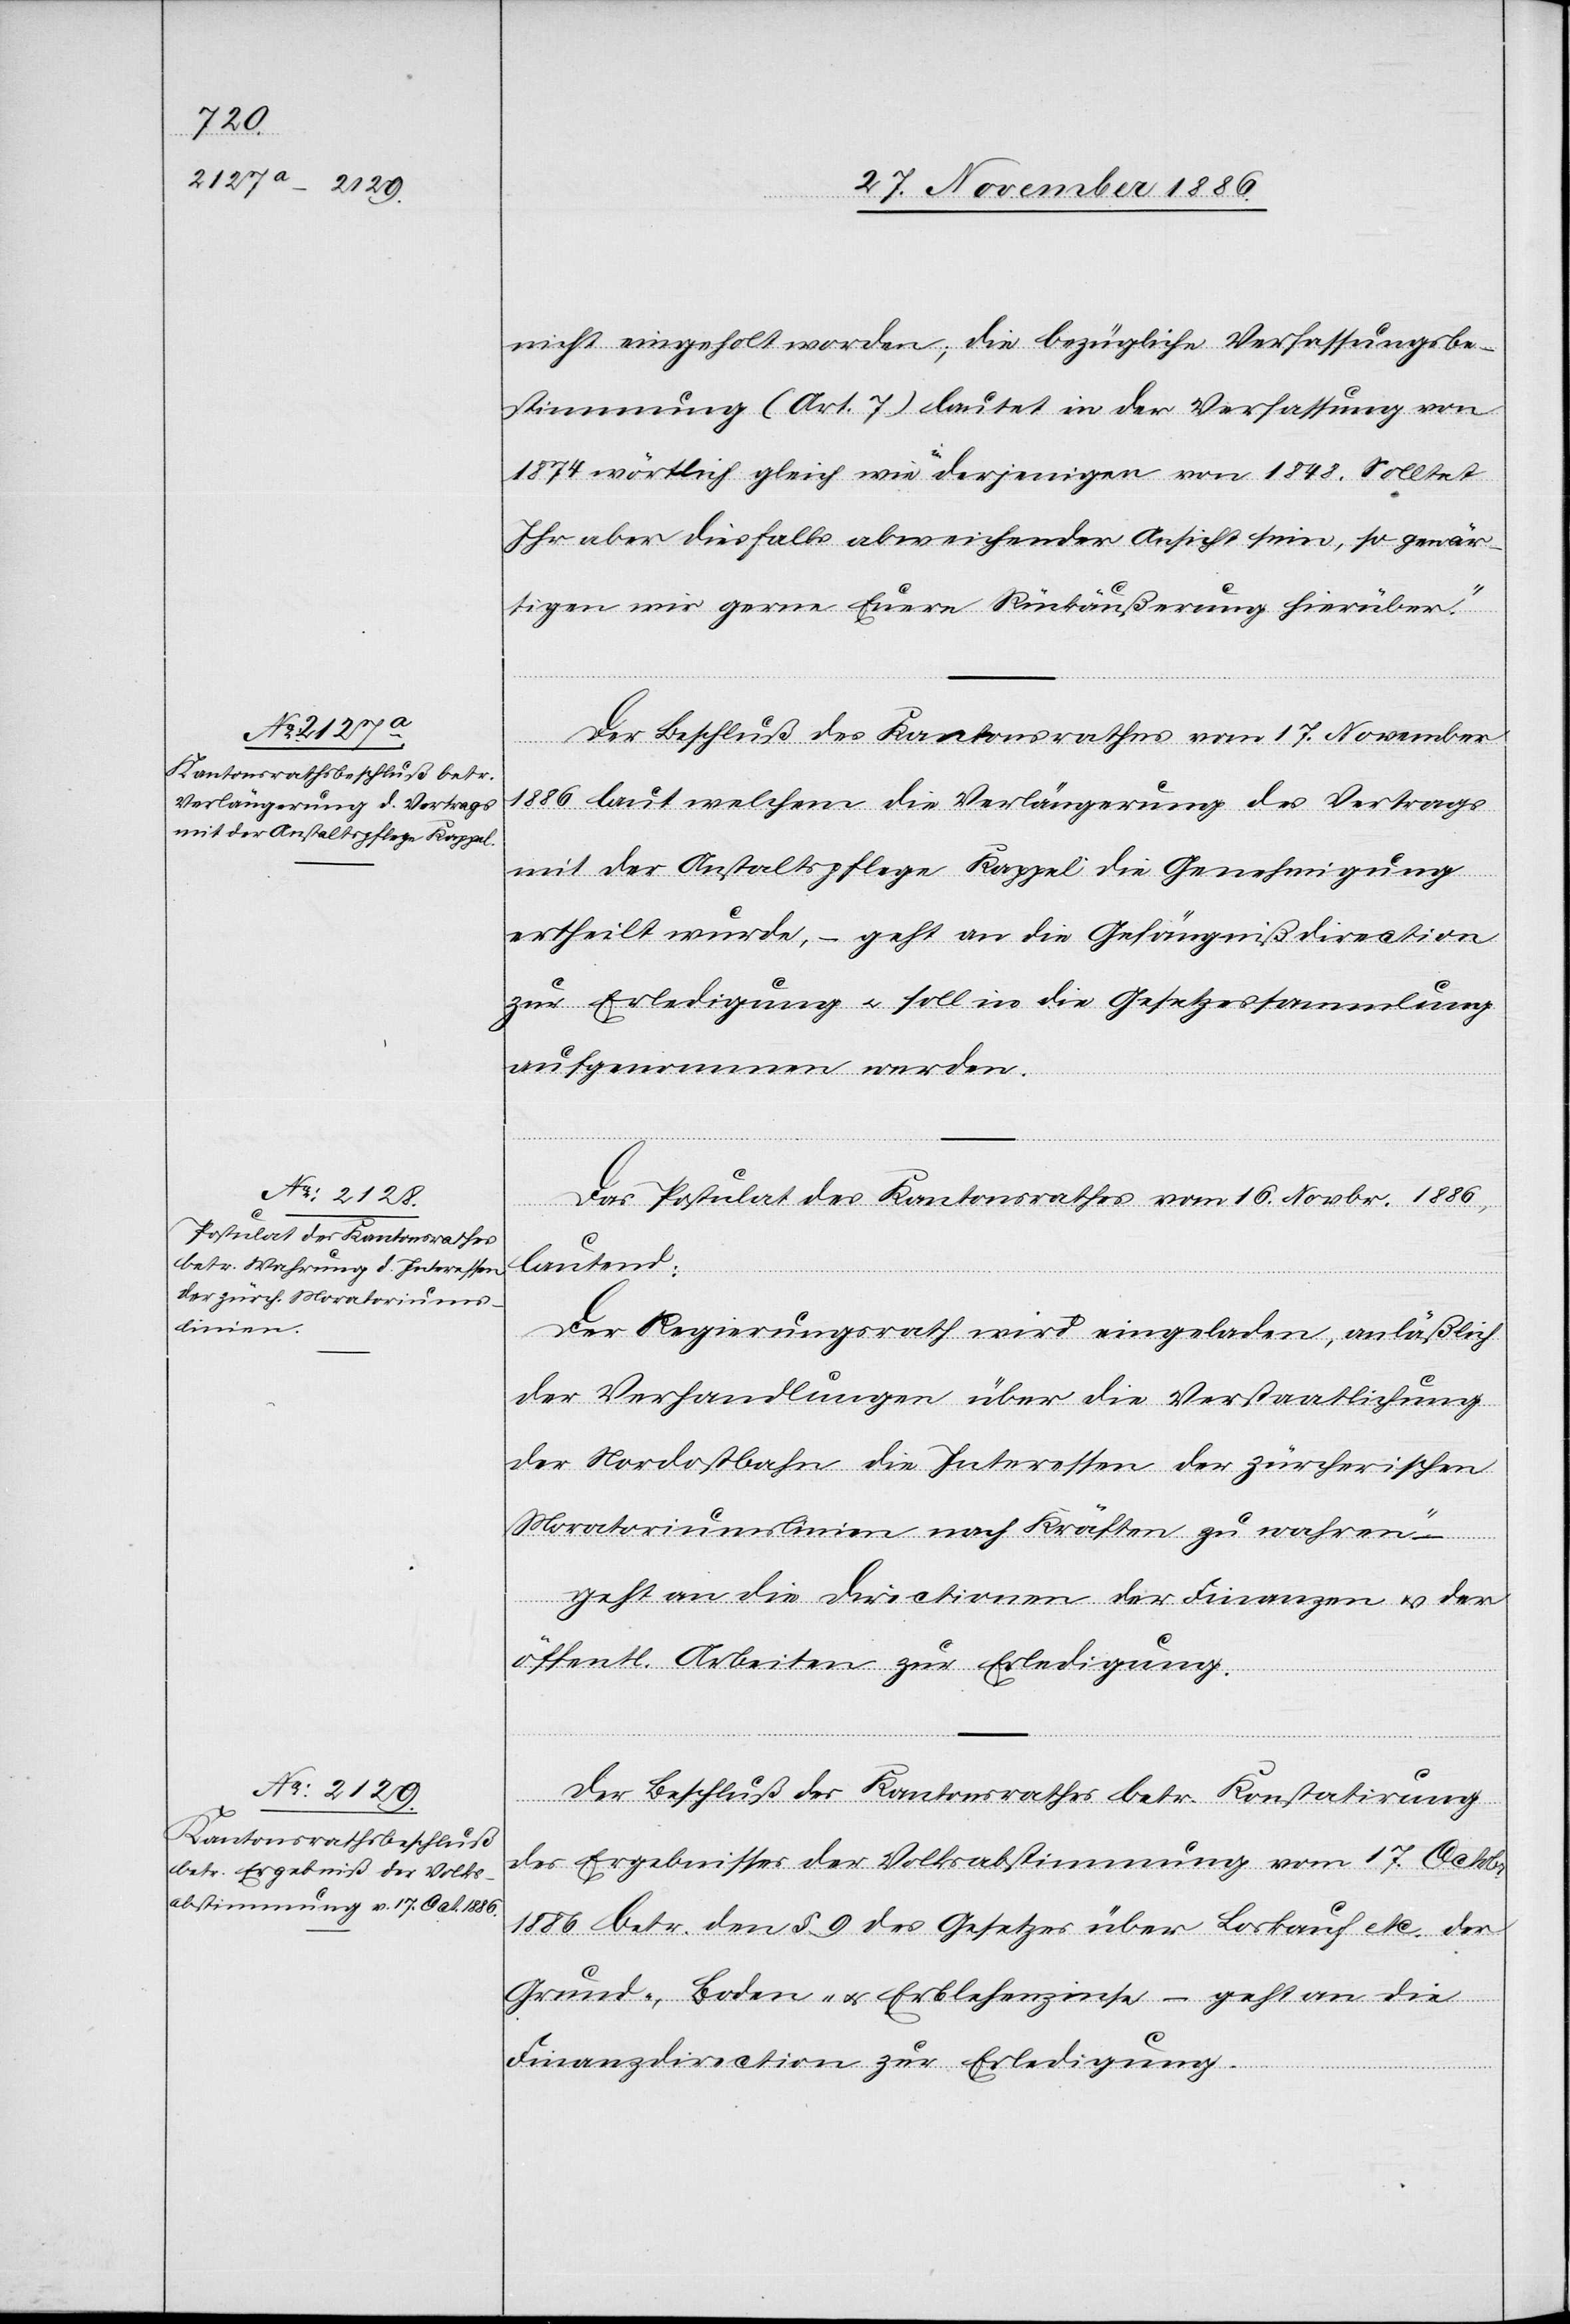
Verlängerung des Vertrags

nicht eingeholt worden; die bezügliche Verfassungsbe¬
stimmung (Art. 7) lautet in der Verfassung von
1847 wörtlich gleich wie in derjenigen von 1848. Solltet
Ihr aber diesfalls abweichender Ansicht sein, so gewär¬
tigen wir gerne Euere Rückäußerung hierüber.“
Der Beschluß des Kantonsrathes vom 17. November
mit der Anstaltspflege Kappel die Genehmigung
ertheilt wurde, – geht an die Gefängnißdirection
zur Erledigung & soll in die Gesetzessammlung
aufgenommen werden.
Das Postulat des Kantonsrathes vom 16. Novbr. 1886,
der]
lautend:
„Der Regierungsrath wird eingeladen, anläßlich
der Verhandlungen über die Verstaatlichung
der Nordostbahn die Interessen der zürcherischen
Moratoriumslinien nach Kräften zu wahren“
geht an die Directionen der Finanzen & der
öffentl. Arbeiten zur Erledigung.
Der Beschluß des Kantonsrathes betr. Konstatirung
des Ergebnisses der Volksabstimmung vom 17. Octobr.
1886 betr. den § 9 des Gesetzes über Loskauf etc. der
Grund-, Boden- & Erblehenzinse – geht an die
Finanzdirection zur Erledigung.